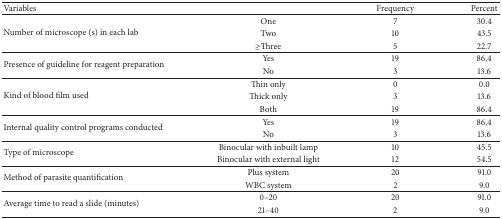
<table><thead><tr><td colspan="2"><b>Variables</b></td><td><b>Frequency</b></td><td><b>Percent</b></td></tr></thead><tbody><tr><td rowspan="3">Number of microscope (s) in each lab</td><td>One</td><td>7</td><td>30.4</td></tr><tr><td>Two</td><td>10</td><td>43.5</td></tr><tr><td>≥Three</td><td>5</td><td>22.7</td></tr><tr><td rowspan="2">Presence of guideline for reagent preparation</td><td>Yes</td><td>19</td><td>86.4</td></tr><tr><td>No</td><td>3</td><td>13.6</td></tr><tr><td rowspan="3">Kind of blood film used</td><td>Thin only</td><td>0</td><td>0.0</td></tr><tr><td>Thick only</td><td>3</td><td>13.6</td></tr><tr><td>Both</td><td>19</td><td>86.4</td></tr><tr><td rowspan="2">Internal quality control programs conducted</td><td>Yes</td><td>19</td><td>86.4</td></tr><tr><td>No</td><td>3</td><td>13.6</td></tr><tr><td rowspan="2">Type of microscope</td><td>Binocular with inbuilt lamp</td><td>10</td><td>45.5</td></tr><tr><td>Binocular with external light</td><td>12</td><td>54.5</td></tr><tr><td rowspan="2">Method of parasite quantification</td><td>Plus system</td><td>20</td><td>91.0</td></tr><tr><td>WBC system</td><td>2</td><td>9.0</td></tr><tr><td rowspan="2">Average time to read a slide (minutes)</td><td>0–20</td><td>20</td><td>91.0</td></tr><tr><td>21–40</td><td>2</td><td>9.0</td></tr></tbody></table>